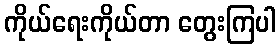
ကိုယ်ရေးကိုယ်တာ တွေးကြပါ